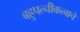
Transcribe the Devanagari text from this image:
बहुपत्‍नीकत्वाचे